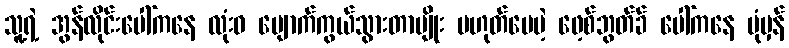
သူ့ရဲ့ အွန်လိုင်းပေါ်ကနေ လုံးဝ ပျောက်ကွယ်သွားတာမျိုး မဟုတ်ပေမဲ့ ဖေ့စ်ဘွတ်ခ် ပေါ်ကနေ ပုံမှန်